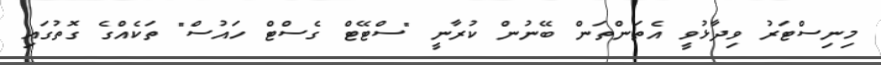
މިނިސްޓަރު ވިދާޅުވީ އެތަންތަން ބޭނުން ކުރާނީ "ސްޓޭޓް ގެސްޓް ހައުސް" ތަކެއްގެ ގޮތުގައި